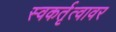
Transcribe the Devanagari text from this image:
स्वकर्तृत्वावर